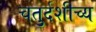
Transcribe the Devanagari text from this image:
चतुर्दशीच्य